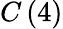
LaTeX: C\left(4\right)